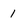
Character: 1